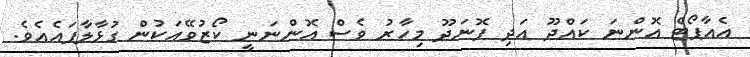
އެއާޕޯޓް އޮންނަ ކައްދޫ އަދި ފޮނަދޫ މިހާރު ވެސް އޮންނަނީ ކޯޒުވޭއަކުން ގުޅާލާފައެއެވެ.